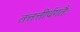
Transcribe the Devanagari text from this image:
तत्तत्तीर्थगतैः